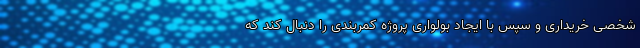
شخصی خریداری و سپس با ایجاد بولواری پروژه کمربندی را دنبال کند که